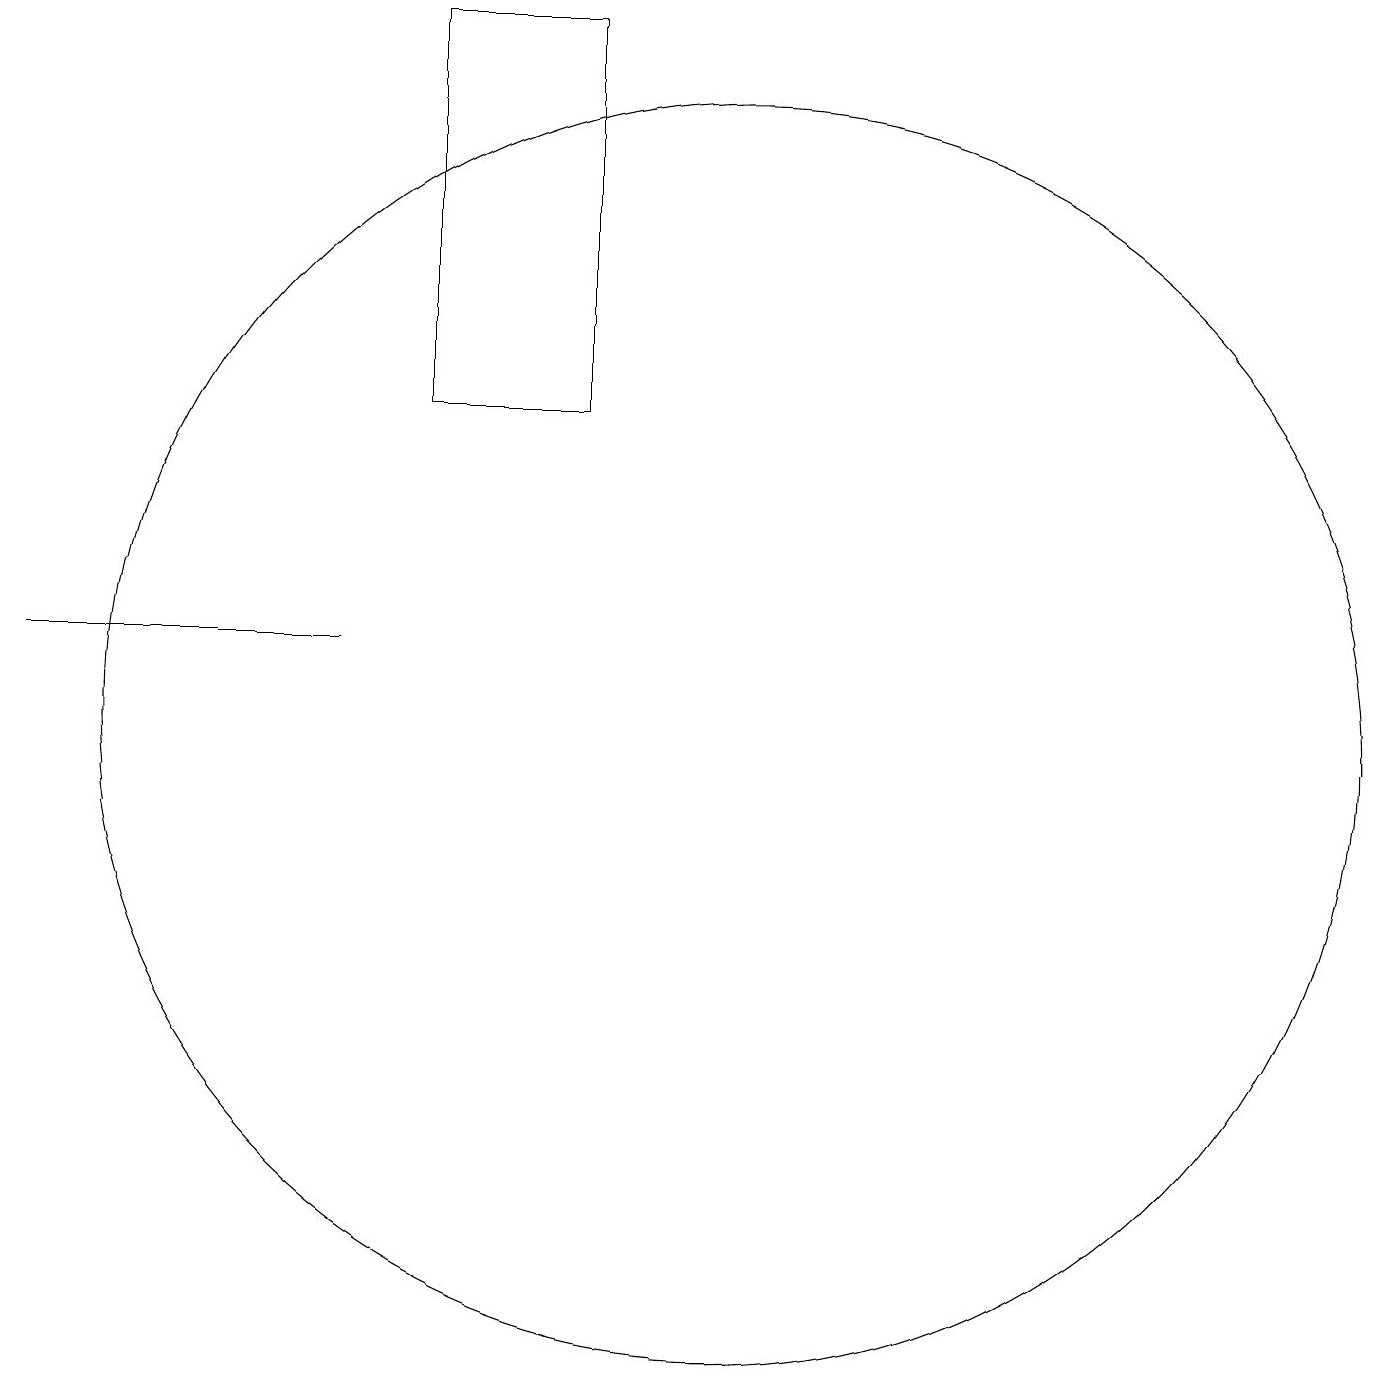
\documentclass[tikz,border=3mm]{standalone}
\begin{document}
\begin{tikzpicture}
\draw (7,14) rectangle (9,19);
\draw (11,10) circle (8);
\draw (6,11) rectangle (2,11);
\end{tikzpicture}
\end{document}